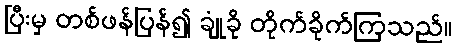
ပြီးမှ တစ်ဖန်ပြန်၍ ချုံခို တိုက်ခိုက်ကြသည်။